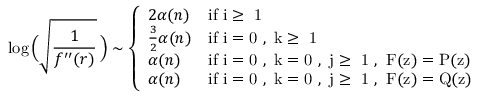
\log \Big ( \sqrt { \frac { 1 } { f ^ { \prime \prime } ( r ) } } \! \ \Big ) \sim \left\{ \begin{array} { l l } { 2 \alpha ( n ) } & { \mathrm { i f ~ i \geq ~ 1 ~ } } \\ { \frac { 3 } { 2 } \alpha ( n ) } & { \mathrm { i f ~ i = 0 ~ , ~ k \geq ~ 1 ~ } } \\ { \alpha ( n ) } & { \mathrm { i f ~ i = 0 ~ , ~ k = 0 ~ , ~ j \geq ~ 1 ~ , ~ F ( z ) = P ( z ) ~ } } \\ { \alpha ( n ) } & { \mathrm { i f ~ i = 0 ~ , ~ k = 0 ~ , ~ j \geq ~ 1 ~ , ~ F ( z ) = Q ( z ) ~ } } \end{array} \right.